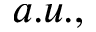
a . u . ,